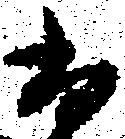
尚